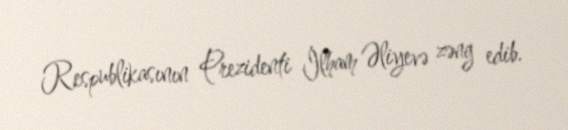
Respublikasının Prezidenti İlham Əliyevə zəng edib.